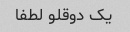
یک دوقلو لطفا